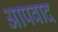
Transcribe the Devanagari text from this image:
आपवाद